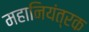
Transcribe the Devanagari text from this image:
महानियंत्रक